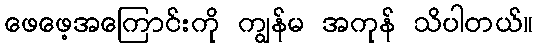
ဖေဖေ့အကြောင်းကို ကျွန်မ အကုန် သိပါတယ်။